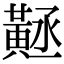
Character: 𪎻